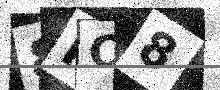
Text: 8HO8